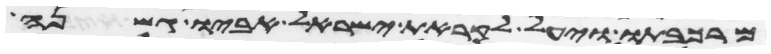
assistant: מרכבתו ויעל לקראת ישראל אביו גשנה